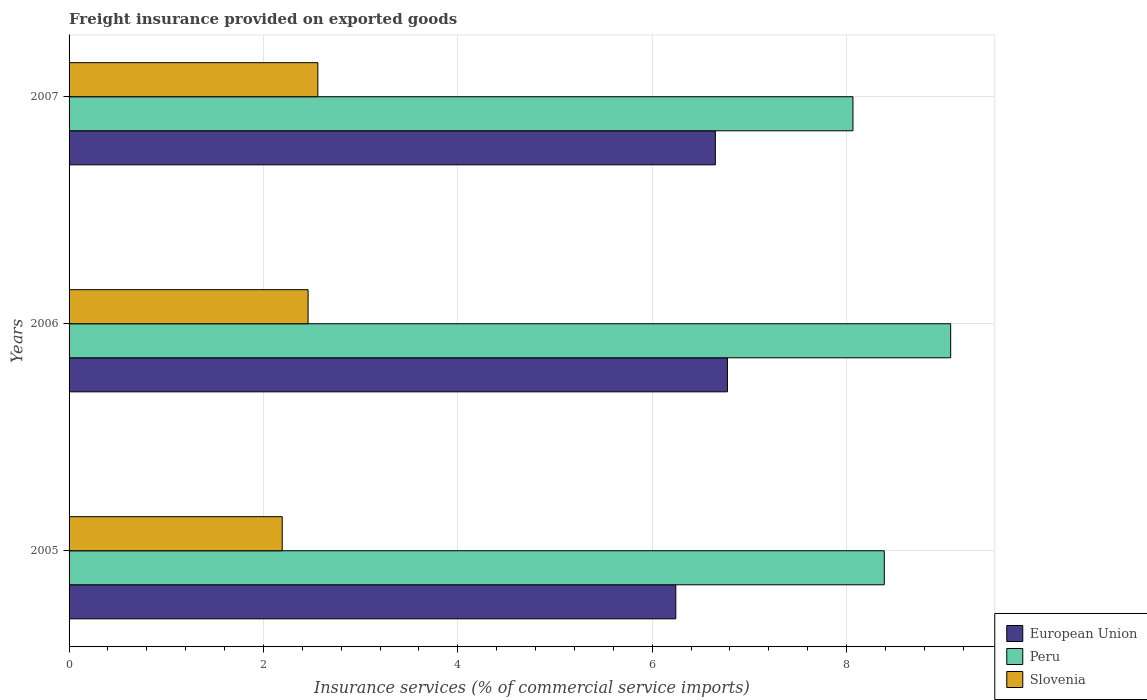
| Years | European Union | Peru | Slovenia |
 | --- | --- | --- | --- |
 | 2005 | 6.24 | 8.39 | 2.19 |
 | 2006 | 6.77 | 9.07 | 2.46 |
 | 2007 | 6.65 | 8.07 | 2.56 |